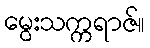
မွေးသက္ကရာဇ်။